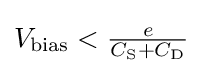
V_{\rm {bias}}<{\tfrac {e}{C_{\rm {S}}+C_{\rm {D}}}}